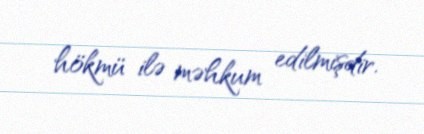
hökmü ilə məhkum edilmişdir.